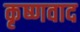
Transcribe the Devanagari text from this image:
कृष्णवाद